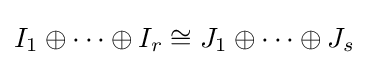
I_{1}\oplus \cdots \oplus I_{r}\cong J_{1}\oplus \cdots \oplus J_{s}